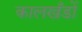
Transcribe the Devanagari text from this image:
कालखँडों